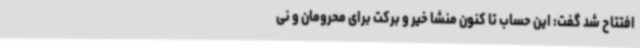
افتتاح شد گفت: این حساب تا کنون منشا خیر و برکت برای محرومان و نی